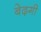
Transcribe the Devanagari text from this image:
बेढ़गी